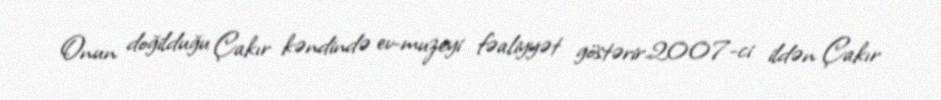
Onun doğilduğu Çakır kəndində ev-muzeyi fəaliyyət göstərir.2007-ci ildən Çakır